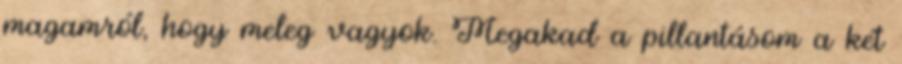
magamról, hogy meleg vagyok. Megakad a pillantásom a két